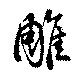
雕